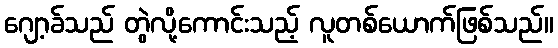
ဂျော့ခ်သည် တွဲလို့ကောင်းသည့် လူတစ်ယောက်ဖြစ်သည်။